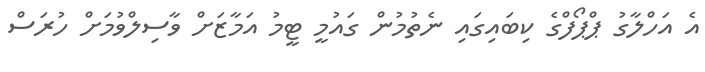
އެ އަހްލާގު ޕްޕޯފްގެ ކިބައިގައި ނެތުމުން ގައުމީ ޓީމު އަމާޒަށް ވާސިލްވުމަށް ހުރަސް